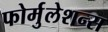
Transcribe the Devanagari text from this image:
फोर्मुलेशन्स